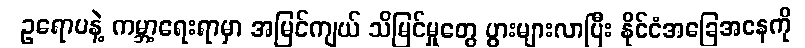
ဥရောပနဲ့ ကမ္ဘာ့ရေးရာမှာ အမြင်ကျယ် သိမြင်မှုတွေ ပွားများလာပြီး နိုင်ငံအခြေအနေကို